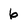
Character: 6